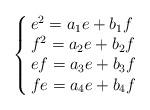
LaTeX: \begin{align*}\left\{ \begin{array}{@{\,}lll} e^2=a_1e+b_1f\\ f^2=a_2e+b_2f\\ ef=a_3e+b_3f\\ fe=a_4e+b_4f\\ \end{array} \right. \end{align*}